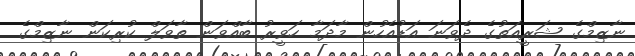
ނާޒިމްގެ ޝަރީއަތުގެ ދެވަނަ އަޑުއެހުން މާދަމާ ހަވީރު ބާއްވަން ތާވަލް ކުރިކަން ނާޒިމްގެ